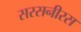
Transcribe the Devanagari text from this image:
सरसनीरस